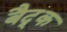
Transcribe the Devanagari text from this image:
बैद्क